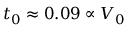
t _ { 0 } \approx 0 . 0 9 \propto V _ { 0 }